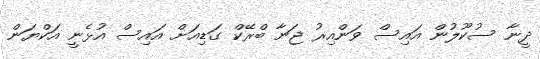
ދީނާ ސުކޫލުން އައިސް ވަންއިރު ޖަނާ ބްރޭކް ގަޑިއަށް އައިސް އުޅެނީ އަކްޔަން